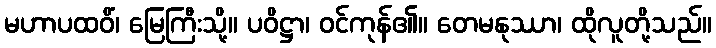
မဟာပထဝိံ၊ မြေကြီးသို့။ ပဝိဋ္ဌာ၊ ဝင်ကုန်၏။ တေမနုဿာ၊ ထိုလူတို့သည်။